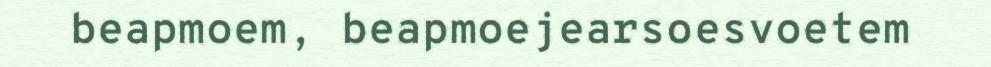
beapmoem, beapmoejearsoesvoetem